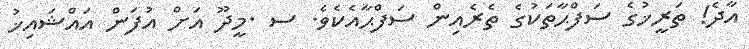
އާދެ! ތަރީޚުގެ ސަފްޙާތަކުގެ ތެރެއިން ސަފްޙާއެކެވެ. ސ .މީދޫ އަށް އުފަން އައްޝައިޚު